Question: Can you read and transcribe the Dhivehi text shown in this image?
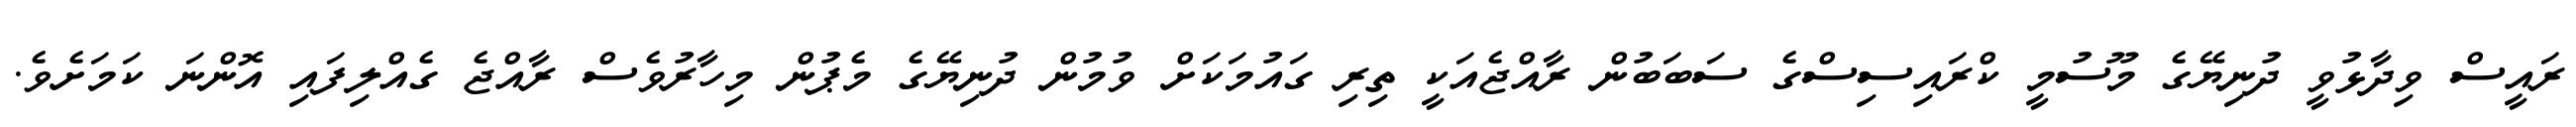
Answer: ރައީސް ވިދާޅުވީ ދުނިޔޭގެ މޫސުމީ ކްރައިސިސްގެ ސަބަބުން ރާއްޖެއަކީ ތިރި ގައުމަކަށް ވުމުން ދުނިޔޭގެ މެޕުން މިހާރުވެސް ރާއްޖެ ގެއްލިފައި އޮންނަ ކަމަށެވެ.